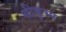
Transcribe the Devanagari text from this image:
श्रीकृस्‍न